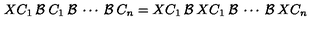
X C _ { 1 } \: { \cal { B } } \: C _ { 1 } \: { \cal { B } } \: \cdots \: { \cal { B } } \: C _ { n } = X C _ { 1 } \: { \cal { B } } \: X C _ { 1 } \: { \cal { B } } \: \cdots \: { \cal { B } } \: X C _ { n }